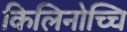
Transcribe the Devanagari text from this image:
किलिनोच्चि